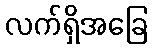
လက်ရှိအခြေ